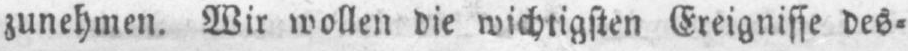
zunehmen. Wir wollen die wichtigsten Ereignisse des⸗